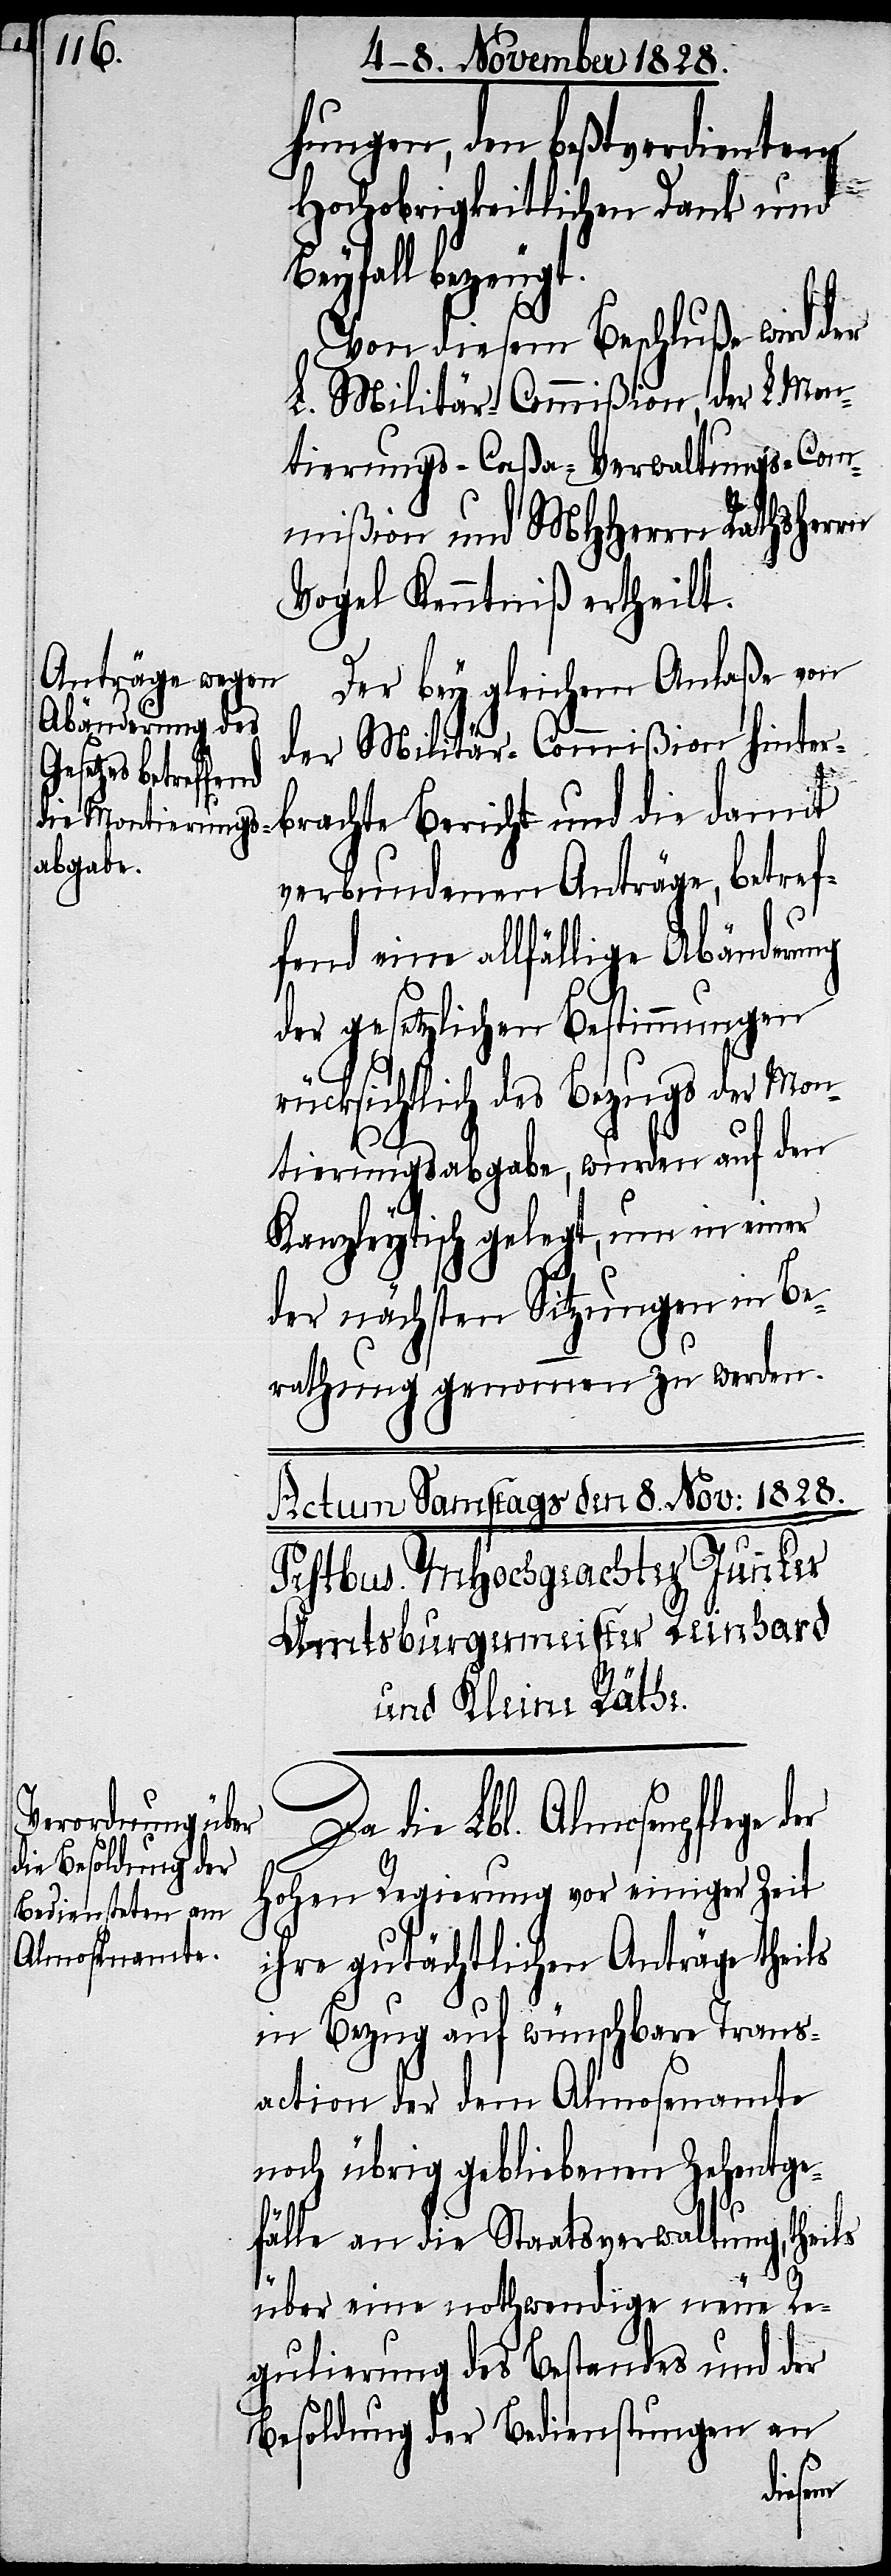
hungen, den beßtverdienten
Hochobrigkeitlichen Dank und
Beyfall bezeugt.
Von diesem Beschluße wird der
L. Militär-Commißion, der L. Mon¬
tierungs-Caßa-Verwaltungs-Com¬
mißion und MHHerrn Rathsherrn
Vogel Kenntniß ertheilt.
Der bey gleichem Anlaße von
der Militär-Commißion hinter¬
brachte Bericht und die damit
verbundenen Anträge, betref¬
fend eine allfällige Abänderung
der gesetzlichen Bestimmungen
rücksichtlich des Bezugs der Mon¬
tierungsabgabe, wurden auf den
Kanzleytisch gelegt, um in einer
der nächsten Sitzungen in Be¬
rathung genommen zu werden.
Da die Lbl. Almosenpflege
Hohen Regierung vor einiger Zeit
ihre gutächtlichen Anträge theils
in Bezug auf wünschbare Trans¬
action der dem Almosenamte
noch übrig gebliebenen Zehentge¬
fälle an die Staatsverwaltung, theils
über eine nothwendige neue Re¬
gulierung des Bestandes und der
Besoldung der Bedienstungen an
der